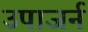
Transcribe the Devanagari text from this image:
उपाजर्न